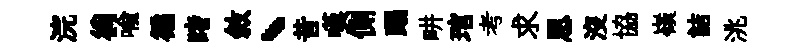
浣徜喻徧睹敘、昔嘆側蹋畊琯考求恩沒協嶺詰洮